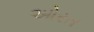
ઓરત